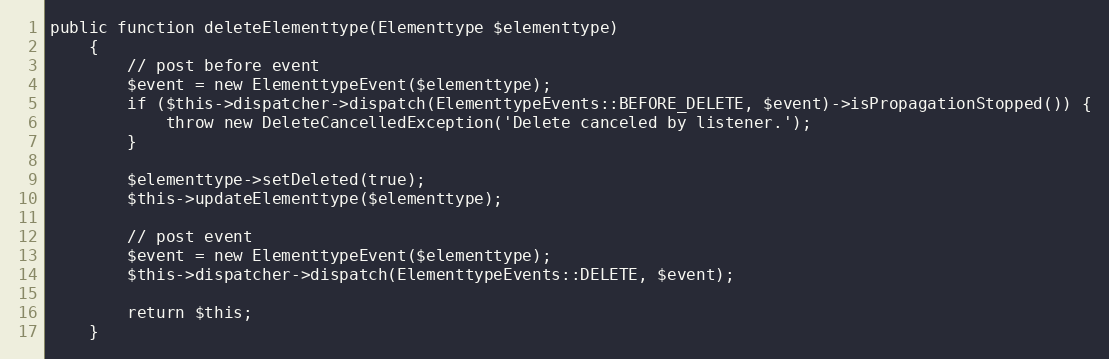
Language: PHP
public function deleteElementtype(Elementtype $elementtype)
    {
        // post before event
        $event = new ElementtypeEvent($elementtype);
        if ($this->dispatcher->dispatch(ElementtypeEvents::BEFORE_DELETE, $event)->isPropagationStopped()) {
            throw new DeleteCancelledException('Delete canceled by listener.');
        }

        $elementtype->setDeleted(true);
        $this->updateElementtype($elementtype);

        // post event
        $event = new ElementtypeEvent($elementtype);
        $this->dispatcher->dispatch(ElementtypeEvents::DELETE, $event);

        return $this;
    }